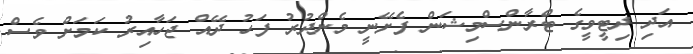
އަދި ދިޓީވީގެ ޓްރާންސްމިޝަން ފެށޭނީ މެންދުރު ފަހު ދޭއް ޖަހާއިރު ކަމަށް ވެސް